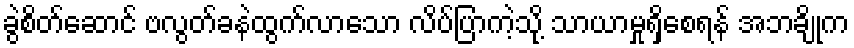
ခွဲစိတ်ဆောင် ဗလွတ်ခနဲထွက်လာသော လိပ်ပြာကဲ့သို့ သာယာမှုရှိစေရန် အဘချိုက